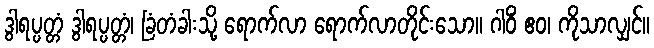
ဒွါရပ္ပတ္တံ ဒွါရပ္ပတ္တံ၊ ခြံတံခါးသို့ ရောက်လာ ရောက်လာတိုင်းသော။ ဂါဝိံ ဧဝ၊ ကိုသာလျှင်။